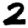
Digit: 2